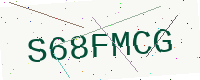
Text: S68FMCG